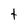
Character: t